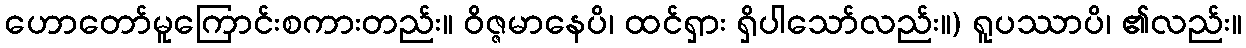
ဟောတော်မူကြောင်းစကားတည်း။ ဝိဇ္ဇမာနေပိ၊ ထင်ရှား ရှိပါသော်လည်း။) ရူပဿာပိ၊ ၏လည်း။